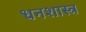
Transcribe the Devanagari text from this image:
धनशास्त्र